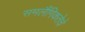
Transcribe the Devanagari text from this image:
समलैंगिकतेचे